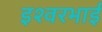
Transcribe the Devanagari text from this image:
इश्वरभाई